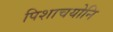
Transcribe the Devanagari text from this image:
पिशाचयोनि